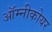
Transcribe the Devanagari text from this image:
ऑम्नीकोयर